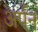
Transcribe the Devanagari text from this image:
अर्पन